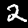
Digit: 2